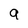
Character: q